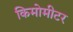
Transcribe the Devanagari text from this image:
किमोमीटर